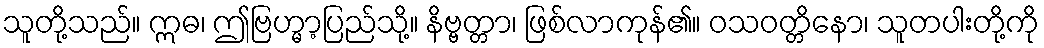
သူတို့သည်။ ဣဓ၊ ဤဗြဟ္မာ့ပြည်သို့။ နိဗ္ဗတ္တာ၊ ဖြစ်လာကုန်၏။ ဝသဝတ္တိနော၊ သူတပါးတို့ကို